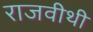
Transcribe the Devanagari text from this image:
राजवीथी